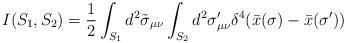
LaTeX: \begin{align*}I(S_1 , S_2 ) = \frac{1}{2} \int_{S_1 } d^2 \tilde{\sigma }_{\mu \nu } \int_{S_2 } d^2 \sigma^{\prime }_{\mu \nu } \delta^{4} (\bar{x} (\sigma ) - \bar{x} (\sigma^{\prime } ) )\end{align*}